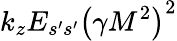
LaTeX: k_{z}E_{s^{\prime}s^{\prime}}\left(\gamma M^{2}\right)^{2}